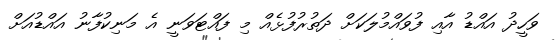
ވަހީދު އައްޑު އާއި ފުވައްމުލަކަށް ދަތުރުފުޅެއް މި ފައްޓަވަނީ އެ މަނިކުފާނު އައްޑުއަށް